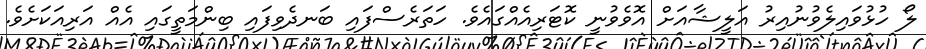
ލޯ ހުޅުވައިލެވުނުއިރު އަލީޝާއަށް އޮވެވުނީ ކޮޓަރިއެއްގައެވެ. ހަތަރެސްފައި ބަނދެވިފައި ބިންމަތީގައި އެއް އަރިއަކަށެވެ.